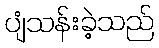
ပျံသန်းခဲ့သည်